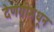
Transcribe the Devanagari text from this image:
देणगीमधून